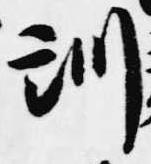
訓